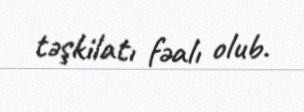
təşkilatı fəalı olub.